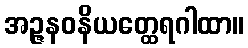
အဉ္ဇနဝနိယတ္ထေရဂါထာ။